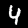
Label: 4